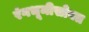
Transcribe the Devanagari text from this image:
रंगभूमीसोबत